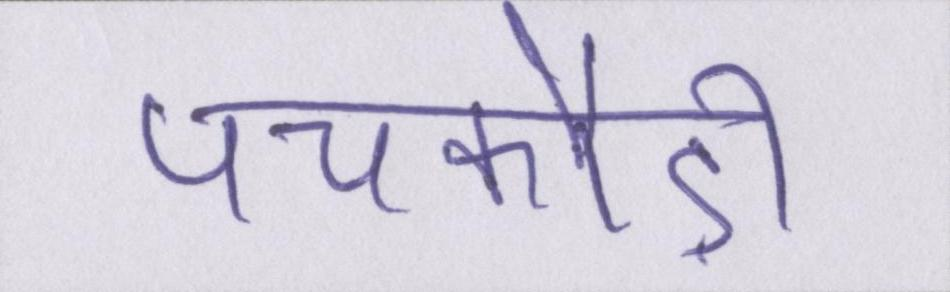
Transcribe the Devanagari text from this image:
पचकौड़ी